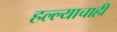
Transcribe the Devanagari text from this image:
हल्ल्याचाही